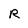
Character: R